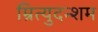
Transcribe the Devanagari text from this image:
म्रित्युदन्शम